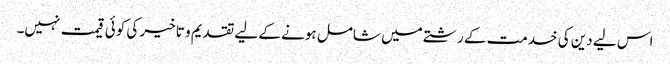
اس لیے دین کی خدمت کے رشتے میں شامل ہونے کے لیے تقدیم و تاخیر کی کوئی قیمت نہیں۔